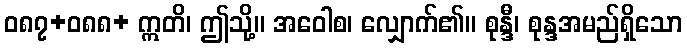
ဝ၈၇+၀၈၈+ ဣတိ၊ ဤသို့။ အဝေါစ၊ လျှောက်၏။ စုန္ဒီ၊ စုန္ဒအမည်ရှိသော